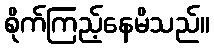
စိုက်ကြည့်နေမိသည်။